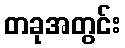
တခုအတွင်း